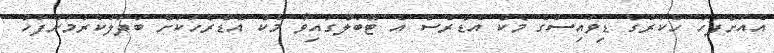
އެއަށްފަހު ހެކަރުގެ ޑިވައިސްގެ މެކް އެޑްރެސް އެ ޓޭބަލްގައިވާ މެކް އެޑްރެހަކަށް ބަދަލުކުރުމަށްފަހު